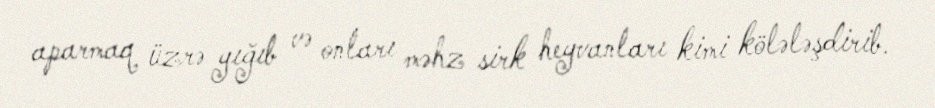
aparmaq üzrə yığıb və onları məhz sirk heyvanları kimi kölələşdirib.